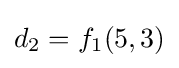
{d_{2}=f_{1}(5,3)}